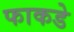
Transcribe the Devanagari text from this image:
फाकडे